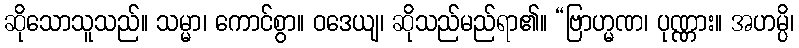
ဆိုသောသူသည်။ သမ္မာ၊ ကောင်စွာ။ ဝဒေယျ၊ ဆိုသည်မည်ရာ၏။ “ဗြာဟ္မဏ၊ ပုဏ္ဏား။ အဟမ္ပိ၊